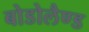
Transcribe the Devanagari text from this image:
बोडोलैण्ड